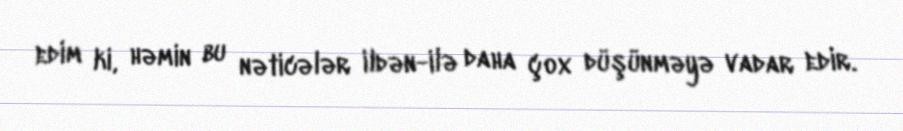
edim ki, həmin bu nəticələr ildən-ilə daha çox düşünməyə vadar edir.